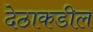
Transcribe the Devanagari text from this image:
देठाकडील